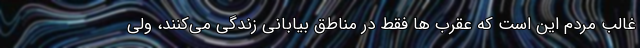
غالب مردم این است که عقرب ها فقط در مناطق بیابانی زندگی می‌کنند، ولی